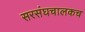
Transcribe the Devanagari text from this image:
सरसंघचालकच